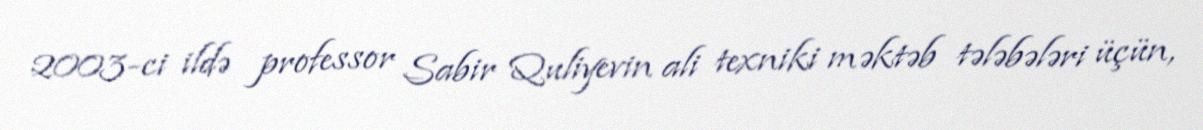
2003-ci ildə professor Sabir Quliyevin ali texniki məktəb tələbələri üçün,